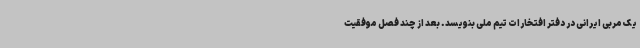
یک مربی ایرانی در دفتر افتخارات تیم ملی بنویسد. بعد از چند فصل موفقیت